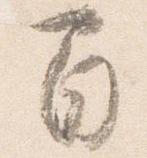
間